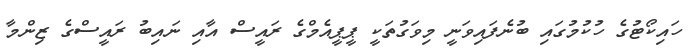
ހައިކޯޓުގެ ހުކުމުގައި ބުނެފައިވަނީ މިވަގުތަކީ ޕީޕީއެމްގެ ރައީސް އާއި ނައިބު ރައީސްގެ ޒިންމާ